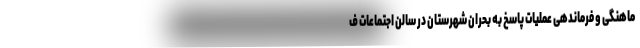
ماهنگی و فرماندهی عملیات پاسخ به بحران شهرستان در سالن اجتماعات ف